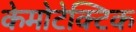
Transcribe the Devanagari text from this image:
केमोटेक्टिक